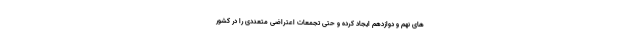
های نهم و دوازدهم ایجاد کرده و حتی تجمعات اعتراضی متعددی را در کشور